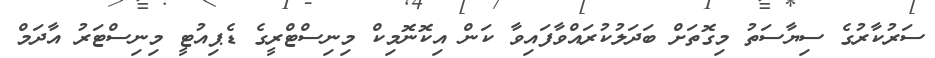
ސަރުކާރުގެ ސިޔާސަތު މިގޮތަށް ބަދަލުކުރައްވާފައިވާ ކަން އިކޮނޮމިކް މިނިސްޓްރީގެ ޑެޕިއުޓީ މިނިސްޓަރު އާދަމް